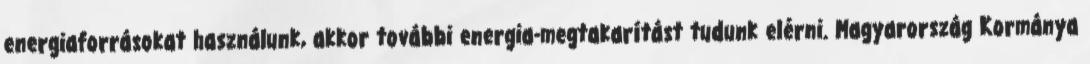
energiaforrásokat használunk, akkor további energia-megtakarítást tudunk elérni. Magyarország Kormánya